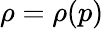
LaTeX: \rho=\rho{}(p)